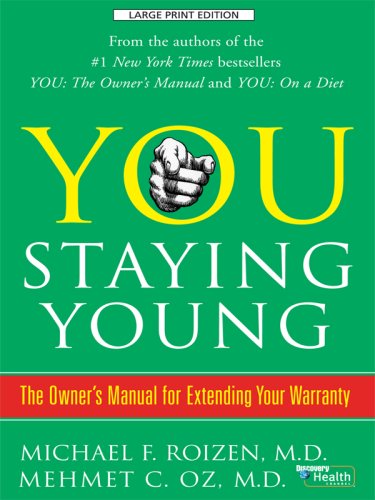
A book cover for You, Staying Young: The Owner's Manual for Extending Your Warranty (Thorndike Health, Home & Learning); Mehmet C. Oz; Health, Fitness & Dieting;